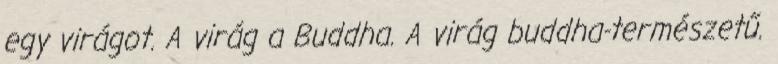
egy virágot. A virág a Buddha. A virág buddha-természetű.